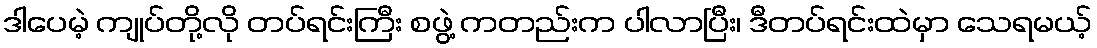
ဒါပေမဲ့ ကျုပ်တို့လို တပ်ရင်းကြီး စဖွဲ့ ကတည်းက ပါလာပြီး၊ ဒီတပ်ရင်းထဲမှာ သေရမယ့်